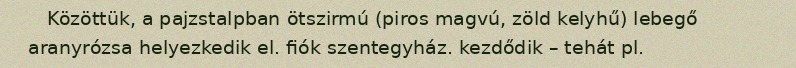
Közöttük, a pajzstalpban ötszirmú (piros magvú, zöld kelyhű) lebegő aranyrózsa helyezkedik el. fiók szentegyház. kezdődik – tehát pl.